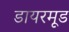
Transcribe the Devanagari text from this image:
डायरमूड